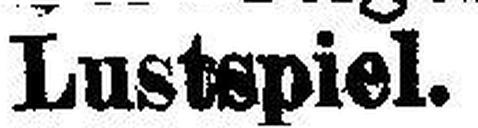
Lustspiel.